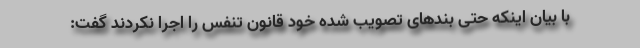
با بیان اینکه حتی بندهای تصویب شده خود قانون تنفس را اجرا نکردند گفت: